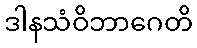
ဒါနသံဝိဘာဂေတိ